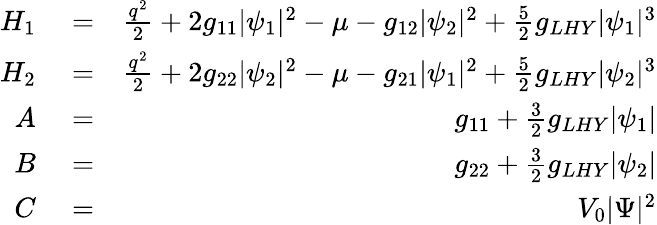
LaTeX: \begin{array}{rlr}{H_{1}}&{{}=}&{\frac{q^{2}}{2}+2g_{11}|\psi_{1}|^{2}-\mu-g_{12}|\psi_{2}|^{2}+\frac{5}{2}g_{LHY}|\psi_{1}|^{3}}\\ {H_{2}}&{{}=}&{\frac{q^{2}}{2}+2g_{22}|\psi_{2}|^{2}-\mu-g_{21}|\psi_{1}|^{2}+\frac{5}{2}g_{LHY}|\psi_{2}|^{3}}\\ {A}&{{}=}&{g_{11}+\frac{3}{2}g_{LHY}|\psi_{1}|}\\ {B}&{{}=}&{g_{22}+\frac{3}{2}g_{LHY}|\psi_{2}|}\\ {C}&{{}=}&{V_{0}|\Psi|^{2}}\end{array}